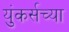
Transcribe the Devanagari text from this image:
युंकर्सच्या